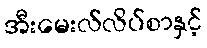
အီးမေးလ်လိပ်စာနှင့်